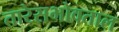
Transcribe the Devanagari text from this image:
तारेसभोवताल